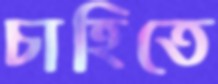
চাহিতে